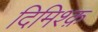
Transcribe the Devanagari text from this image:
दिमिश्क़